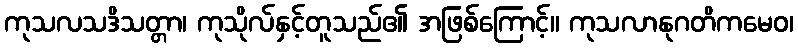
ကုသလသဒိသတ္တာ၊ ကုသိုလ်နှင့်တူသည်၏ အဖြစ်ကြောင့်။ ကုသလာနုဂတိကမေဝ၊